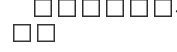
٣٠